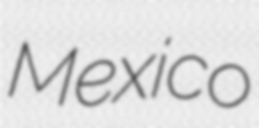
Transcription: Mexico